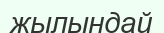
жылындай